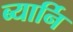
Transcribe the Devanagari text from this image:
ब्यार्नि